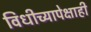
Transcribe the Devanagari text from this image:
विधीच्यापेक्षाही